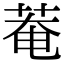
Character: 菴